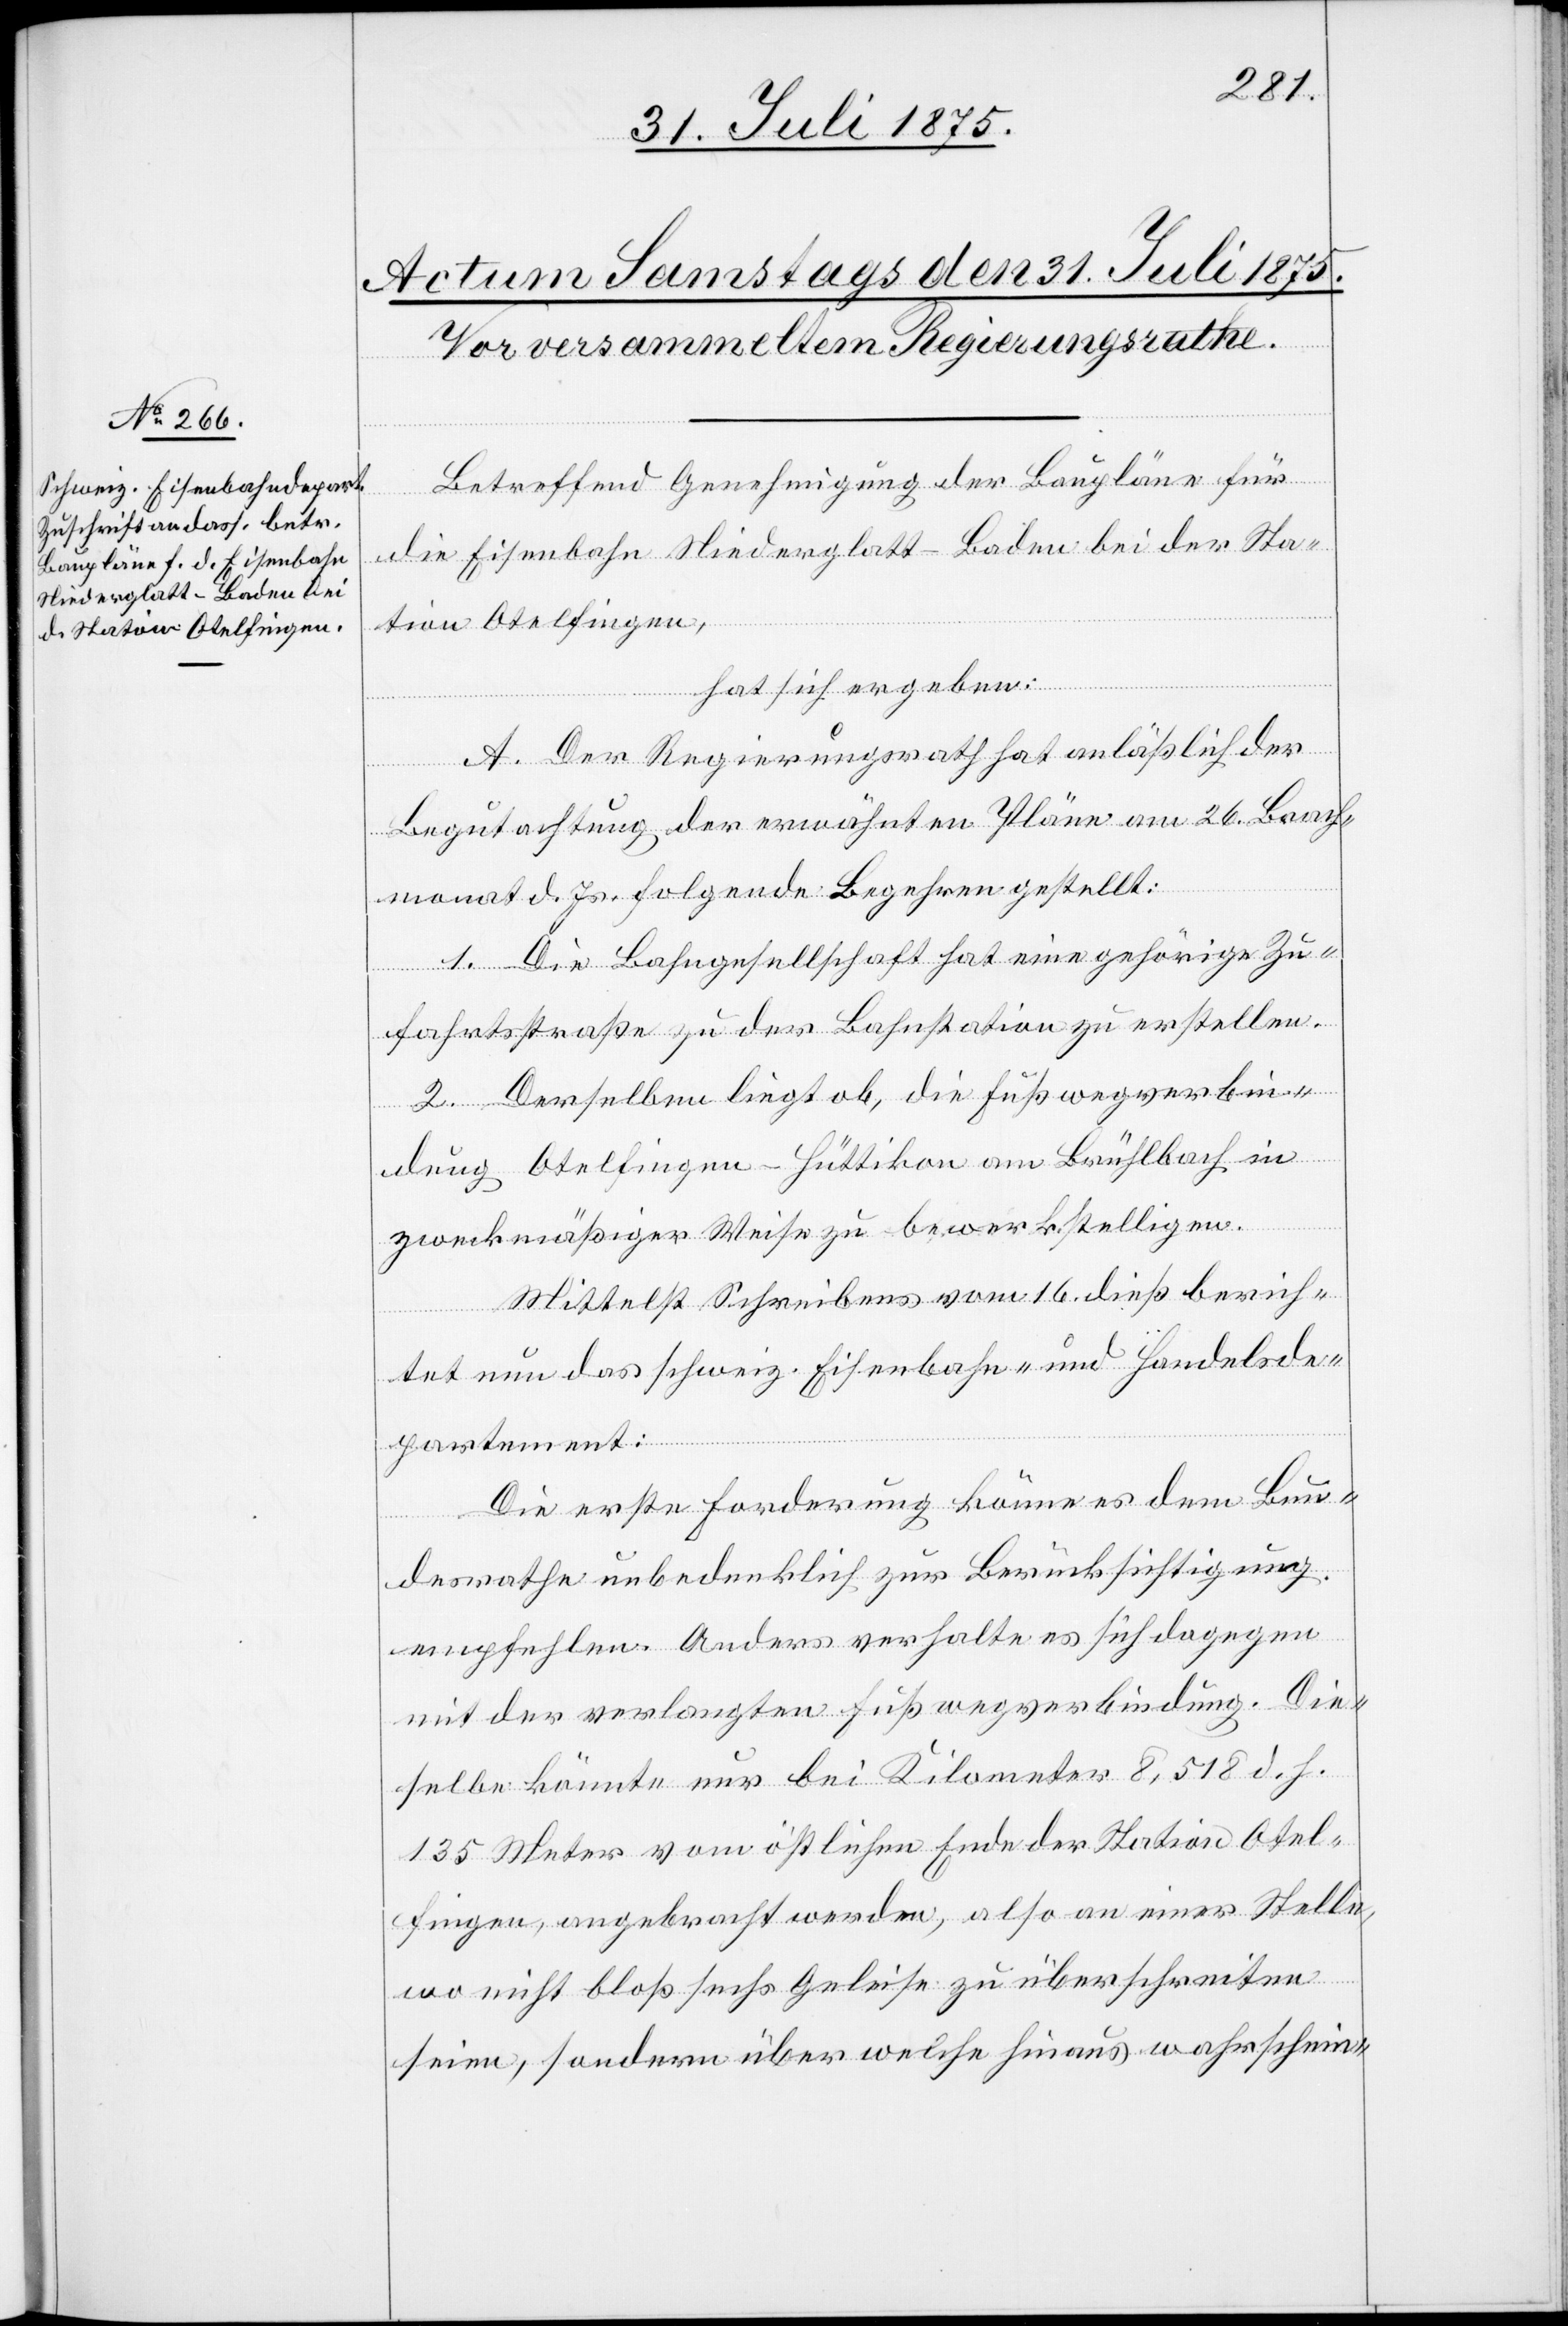
Betreffend Genehmigung der Baupläne für
die Eisenbahn Niederglatt–Baden bei der Sta¬
tion Otelfingen,
hat sich ergeben:
A. Der Regierungsrath hat anläßlich der
Begutachtung der erwähnten Pläne am 26. Brach¬
monat d. Js. folgende Begehren gestellt:
1. Die Bahngesellschaft hat eine gehörige Zu¬
fahrtsstraße zu der Bahnstation zu erstellen.
2. Derselben liegt ob, die Fußwegverbin¬
dung Otelfingen–Hüttikon am Brühlbach in
zweckmäßiger Weise zu bewerkstelligen.
Mittelst Schreibens vom 16. dieß berich¬
tet das schweiz. Eisenbahn- und Handelsde¬
partement:
Die erste Forderung könne es dem Bun¬
desrathe unbedenklich zur Berücksichtigung
empfehlen. Anders verhalte es sich dagegen
mit der verlangten Fußwegverbindung. Die¬
selbe könnte nur bei Kilometer 8,518 d. h.
135 Meter vom östlichen Ende der Station Otel¬
fingen, angebracht werden, also an einer Stelle,
wo nicht bloß sechs Geleise zu überschreiten
seien, sondern über welche hinaus wahrschein-